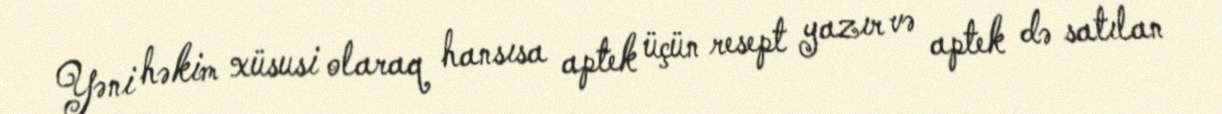
Yəni həkim xüsusi olaraq hansısa aptek üçün resept yazır və aptek də satılan